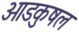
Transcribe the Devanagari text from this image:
ओडकुषल